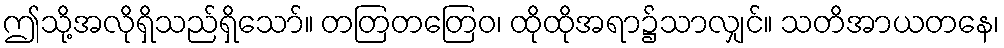
ဤသို့အလိုရှိသည်ရှိသော်။ တတြတတြေဝ၊ ထိုထိုအရာ၌သာလျှင်။ သတိအာယတနေ၊